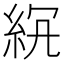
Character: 𥿒